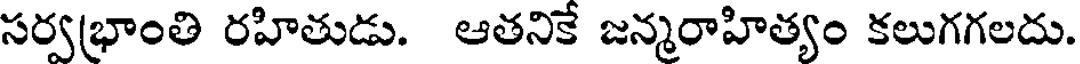
సర్వభ్రాంతి రహితుడు. ఆతనికే జన్మరాహిత్యం కలుగగలదు.